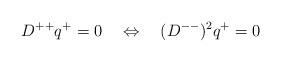
\begin{align*} D^{++}q^+ =0\quad \Leftrightarrow \quad (D^{--})^2q^+=0\end{align*}